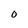
Character: O